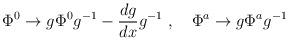
LaTeX: \begin{align*}\Phi^0 \to g\Phi^0 g^{-1}-\frac{dg}{dx}g^{-1}\ ,\quad\Phi^a \to g \Phi^a g^{-1}\end{align*}